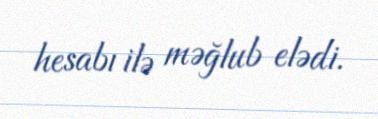
hesabı ilə məğlub elədi.